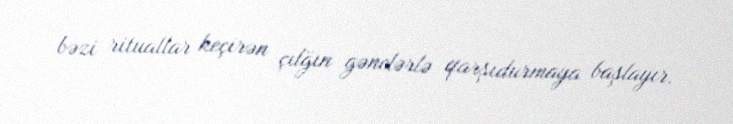
bəzi rituallar keçirən çılğın gənclərlə qarşıdurmaya başlayır.